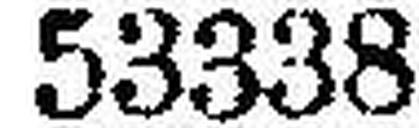
53338